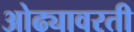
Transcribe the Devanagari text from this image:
ओढ्यावरती